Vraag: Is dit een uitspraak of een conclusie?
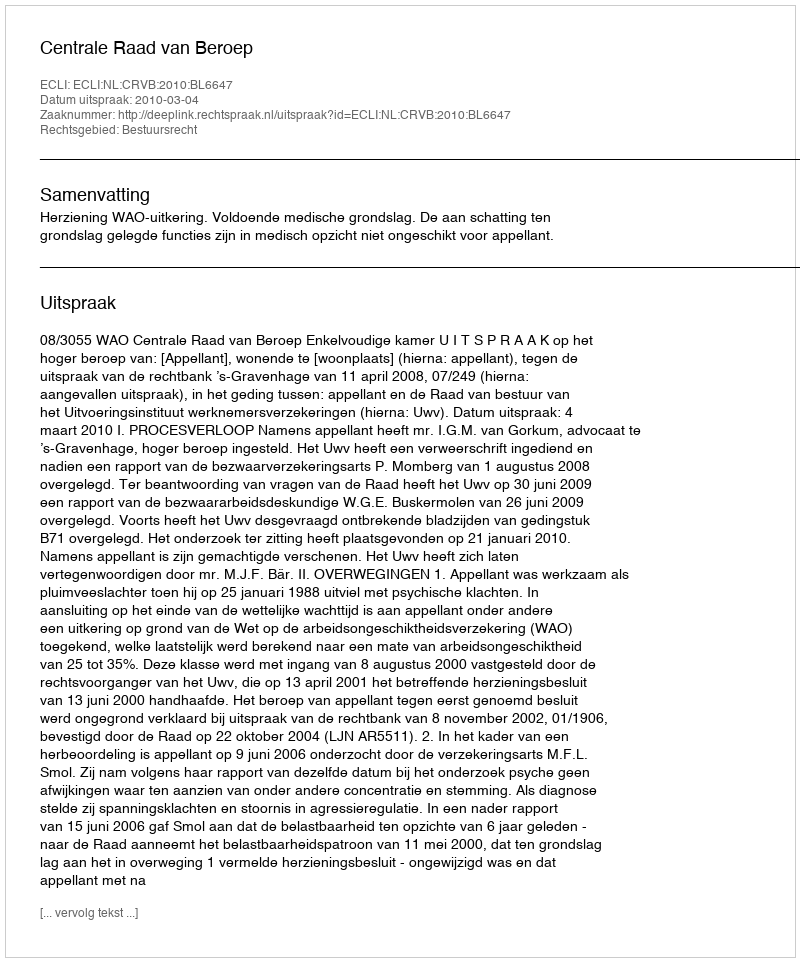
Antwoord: Uitspraak